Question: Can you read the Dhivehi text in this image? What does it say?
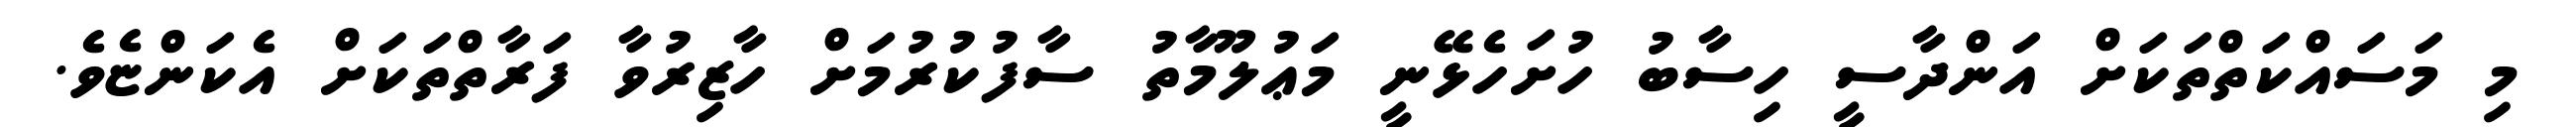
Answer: މި މަސައްކަތްތަކަށް އަންދާސީ ހިސާބު ހުށަހެޅޭނީ މަޢުލޫމާތު ސާފުކުރުމަށް ހާޒިރުވާ ފަރާތްތަކަށް އެކަންޏެވެ.